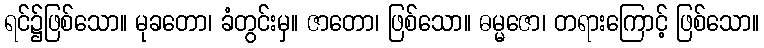
ရင်၌ဖြစ်သော။ မုခတော၊ ခံတွင်းမှ။ ဇာတော၊ ဖြစ်သော။ ဓမ္မဇော၊ တရားကြောင့် ဖြစ်သော။